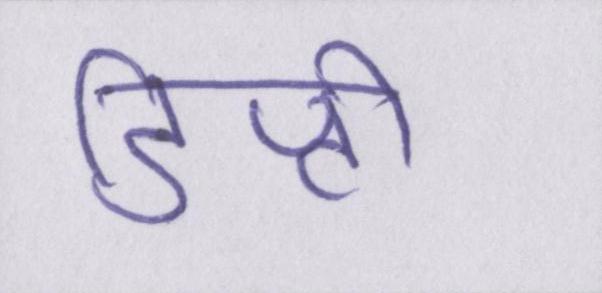
डिप्टी